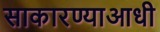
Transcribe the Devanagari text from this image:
साकारण्याआधी